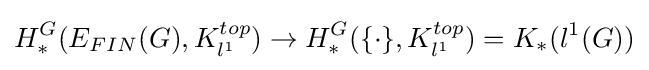
H_{*}^{G}(E_{FIN}(G),K_{l^{1}}^{top})\rightarrow H_{*}^{G}(\{\cdot \},K_{l^{1}}^{top})=K_{*}(l^{1}(G))